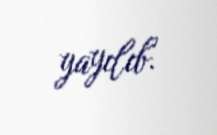
yayılıb.